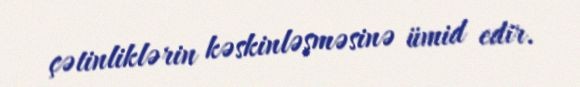
çətinliklərin kəskinləşməsinə ümid edir.